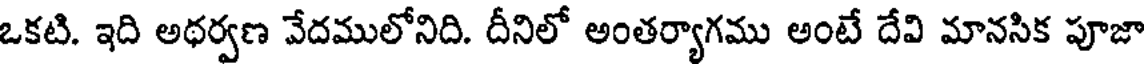
ఒకటి. ఇది అధర్వణ వేదములోనిది. దీనిలో అంతర్యాగము అంటే దేవి మానసిక పూజా